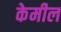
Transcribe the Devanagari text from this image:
केमील